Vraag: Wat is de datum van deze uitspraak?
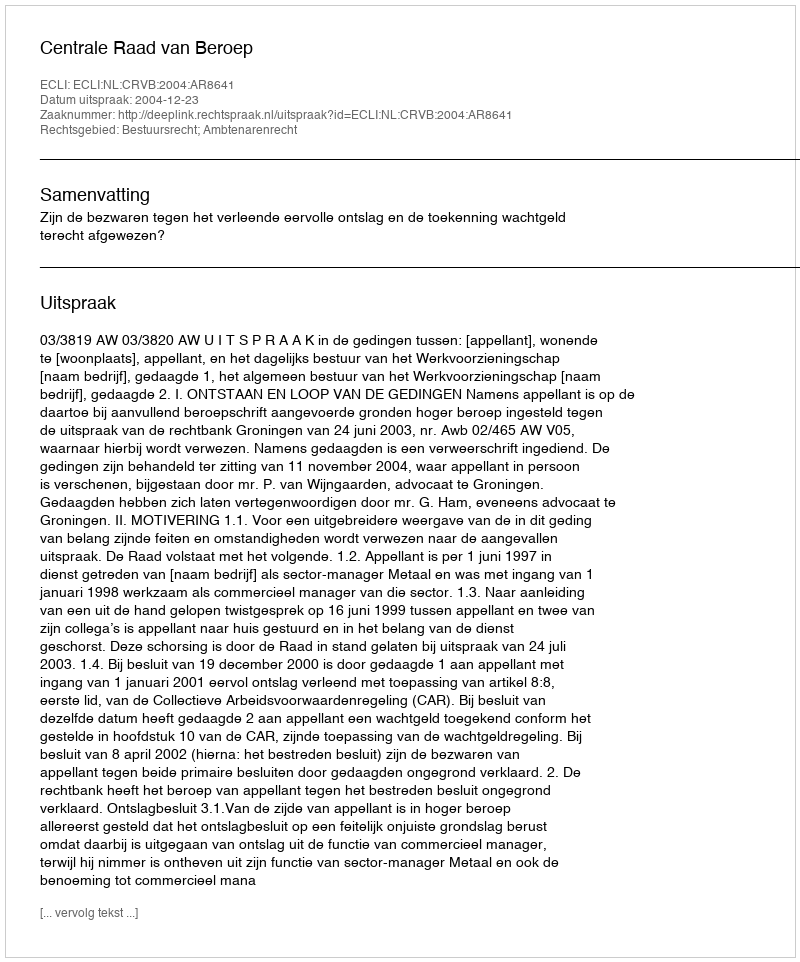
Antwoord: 2004-12-23